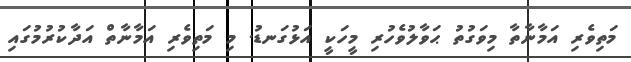
މަތިވެރި އަމާނާތާ މިވަގުތު ޙަވާލުވެހުރި މީހަކީ އަޅުގަނޑު. މި މަތިވެރި އަމާނާތް އަދާކުރުމުގައި